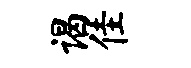
谒佳